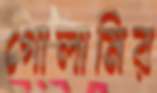
গোলামির